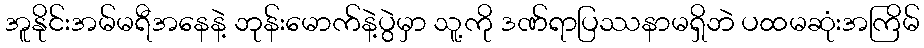
အူနိုင်းအမ်မရီအနေနဲ့ ဘုန်းမောက်နဲ့ပွဲမှာ သူ့ကို ဒဏ်ရာပြဿနာမရှိဘဲ ပထမဆုံးအကြိမ်